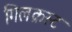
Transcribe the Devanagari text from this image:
गिलक्रस्ट